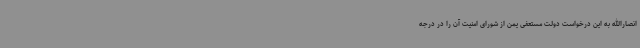
انصارالله به این درخواست دولت مستعفی یمن از شورای امنیت آن را در درجه